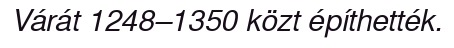
Várát 1248–1350 közt építhették.